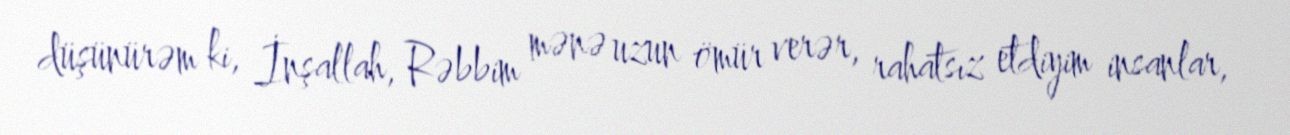
düşünürəm ki, İnşallah, Rəbbim mənə uzun ömür verər, rahatsız etdiyim insanlar,